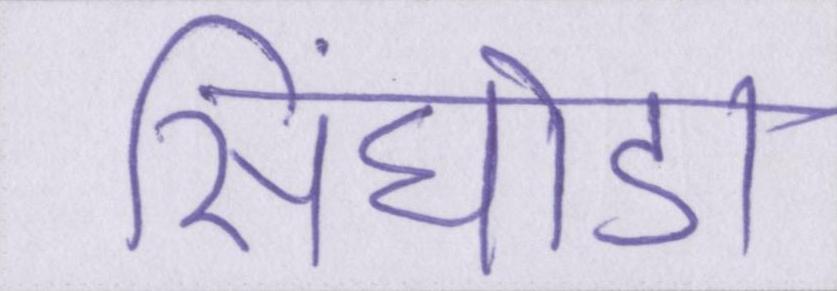
सिंघोड़ा